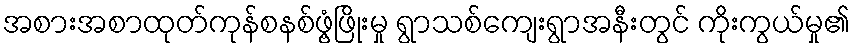
အစားအစာထုတ်ကုန်စနစ်ဖွံ့ဖြိုးမှု ရွာသစ်ကျေးရွာအနီးတွင် ကိုးကွယ်မှု၏